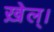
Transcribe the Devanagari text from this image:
ख़ेल्।